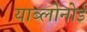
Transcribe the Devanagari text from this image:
याब्लोनोई